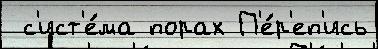
 с'ист'е́ма порах П'е́р'еп'ись